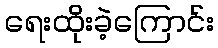
ရေးထိုးခဲ့ကြောင်း